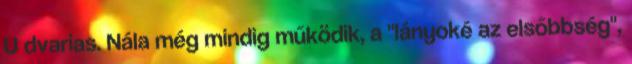
U dvarias. Nála még mindig működik, a "lányoké az elsőbbség",